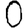
Digit: 0